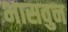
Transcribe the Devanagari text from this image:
भासवुन